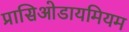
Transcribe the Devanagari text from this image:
प्रासिओडायमियम